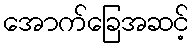
အောက်ခြေအဆင့်